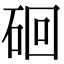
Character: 硘